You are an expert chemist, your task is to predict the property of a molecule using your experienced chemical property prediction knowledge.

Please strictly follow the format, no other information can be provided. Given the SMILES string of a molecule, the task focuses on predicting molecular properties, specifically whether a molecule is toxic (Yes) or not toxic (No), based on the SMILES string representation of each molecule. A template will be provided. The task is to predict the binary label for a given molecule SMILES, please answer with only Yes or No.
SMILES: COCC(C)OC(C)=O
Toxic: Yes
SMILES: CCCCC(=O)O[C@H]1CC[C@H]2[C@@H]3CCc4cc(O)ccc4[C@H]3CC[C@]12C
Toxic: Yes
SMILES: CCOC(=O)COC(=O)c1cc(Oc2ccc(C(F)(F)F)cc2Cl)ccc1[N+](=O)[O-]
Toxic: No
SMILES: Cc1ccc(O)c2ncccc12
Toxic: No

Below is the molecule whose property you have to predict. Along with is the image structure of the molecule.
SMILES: CC(COc1ccccc1)NC(C)C(O)c1ccc(O)cc1
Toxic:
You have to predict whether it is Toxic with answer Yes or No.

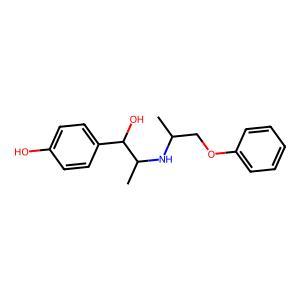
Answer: No